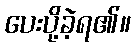
ပေးပို့ခဲ့ရ၏။